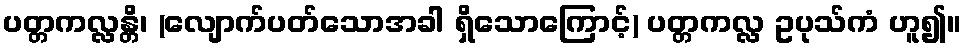
ပတ္တကလ္လန္တိ၊ (လျောက်ပတ်သောအခါ ရှိသောကြောင့်) ပတ္တကလ္လ ဥပုသ်ကံ ဟူ၍။